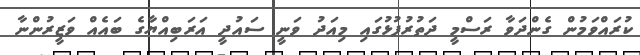
ކުރައްވަމުން ގެންދަވާ ރަސްމީ ދަތުރުފުޅުގައި މިއަދު ވަނީ ސައުދީ އަރަބިއްޔާގެ ބައެއް ވަޒީރުންނާ